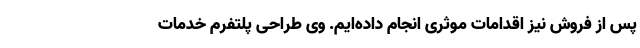
پس از فروش نیز اقدامات موثری انجام داده‌ایم. وی طراحی پلتفرم خدمات